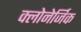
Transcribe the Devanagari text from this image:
क्लोनेर्जिक